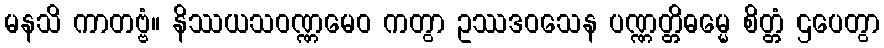
မနသိ ကာတဗ္ဗံ။ နိဿယသဝဏ္ဏမေဝ ကတွာ ဥဿဒဝသေန ပဏ္ဏတ္တိဓမ္မေ စိတ္တံ ဌပေတွာ